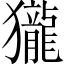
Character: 𪚓